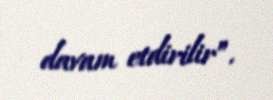
davam etdirilir”.